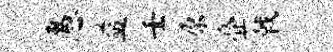
愚益壬原叠戟